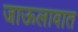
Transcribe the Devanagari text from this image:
जाऊलावात